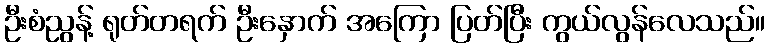
ဦးစံညွန့် ရုတ်တရက် ဦးနှောက် အကြော ပြတ်ပြီး ကွယ်လွန်လေသည်။